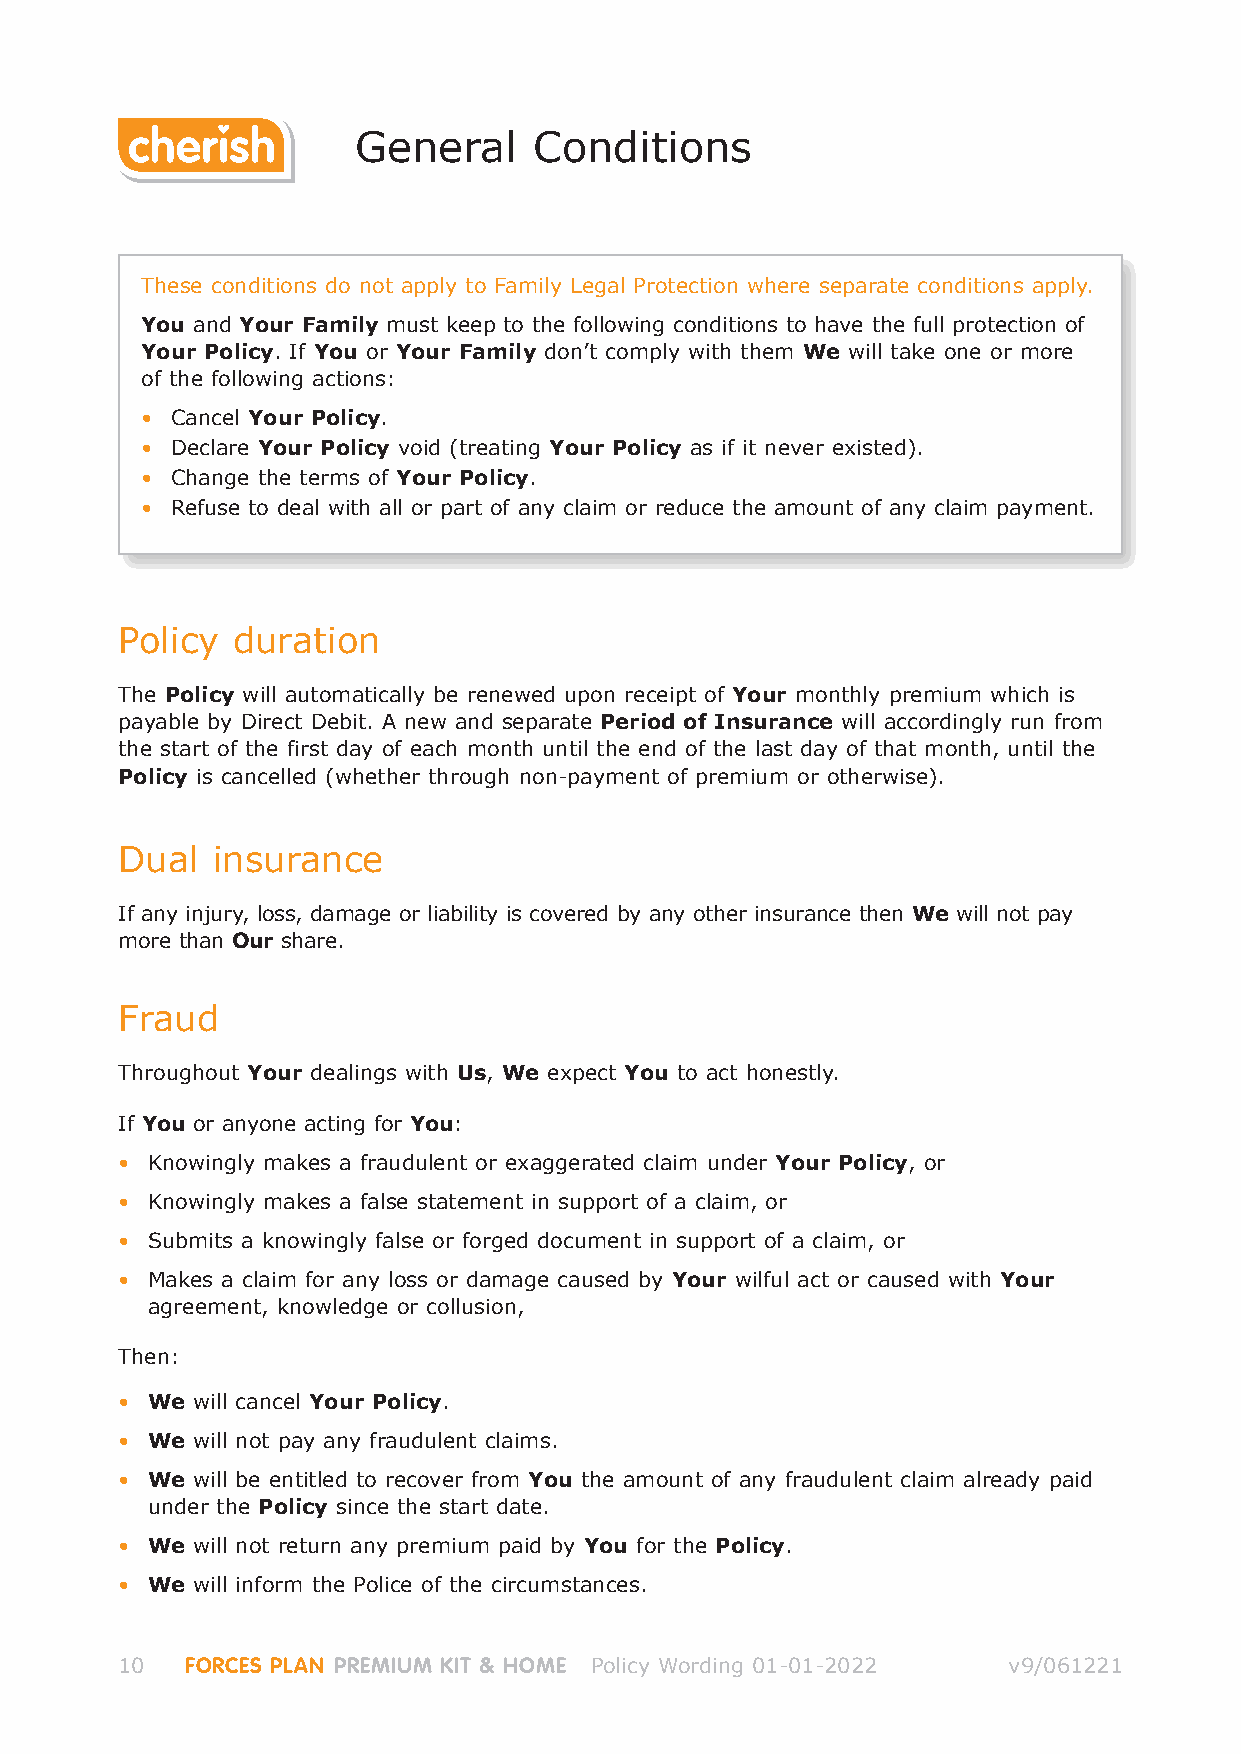
General     Conditions
 These conditions do not apply to Family Legal Protection where separate conditions apply.
 You and Your Family must keep to the following conditions to have the full protection of
 Your Policy. If You or Your Family don’t comply with them We will take one or more
 of the following actions:
 • Cancel Your Policy.
 • Declare Your Policy void (treating Your Policy as if it never existed).
 • Change the terms of Your Policy.
 • Refuse to deal with all or part of any claim or reduce the amount of any claim payment.
 Policy duration
 The Policy will automatically be renewed upon receipt of Your monthly premium which is
 payable by Direct Debit. A new and separate Period of Insurance will accordingly run from
 the start of the first day of each month until the end of the last day of that month, until the
 Policy is cancelled (whether through non-payment of premium or otherwise).
 Dual  insurance
 If any injury, loss, damage or liability is covered by any other insurance then We will not pay
 more than Our share.
 Fraud
 Throughout Your dealings with Us, We expect You to act honestly.
 If You or anyone acting for You:
 • Knowingly makes a fraudulent or exaggerated claim under Your Policy, or
 • Knowingly makes a false statement in support of a claim, or
 • Submits a knowingly false or forged document in support of a claim, or
 • Makes a claim for any loss or damage caused by Your wilful act or caused with Your
 agreement, knowledge or collusion,
 Then:
 • We will cancel Your Policy.
 • We will not pay any fraudulent claims.
 • We will be entitled to recover from You the amount of any fraudulent claim already paid
 under the Policy since the start date.
 • We will not return any premium paid by You for the Policy.
 • We will inform the Police of the circumstances.
 10  FORCES PLAN PREMIUM KIT & HOME Policy Wording 01-01-2022 v9/061221